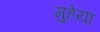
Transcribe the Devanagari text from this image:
मुहेया